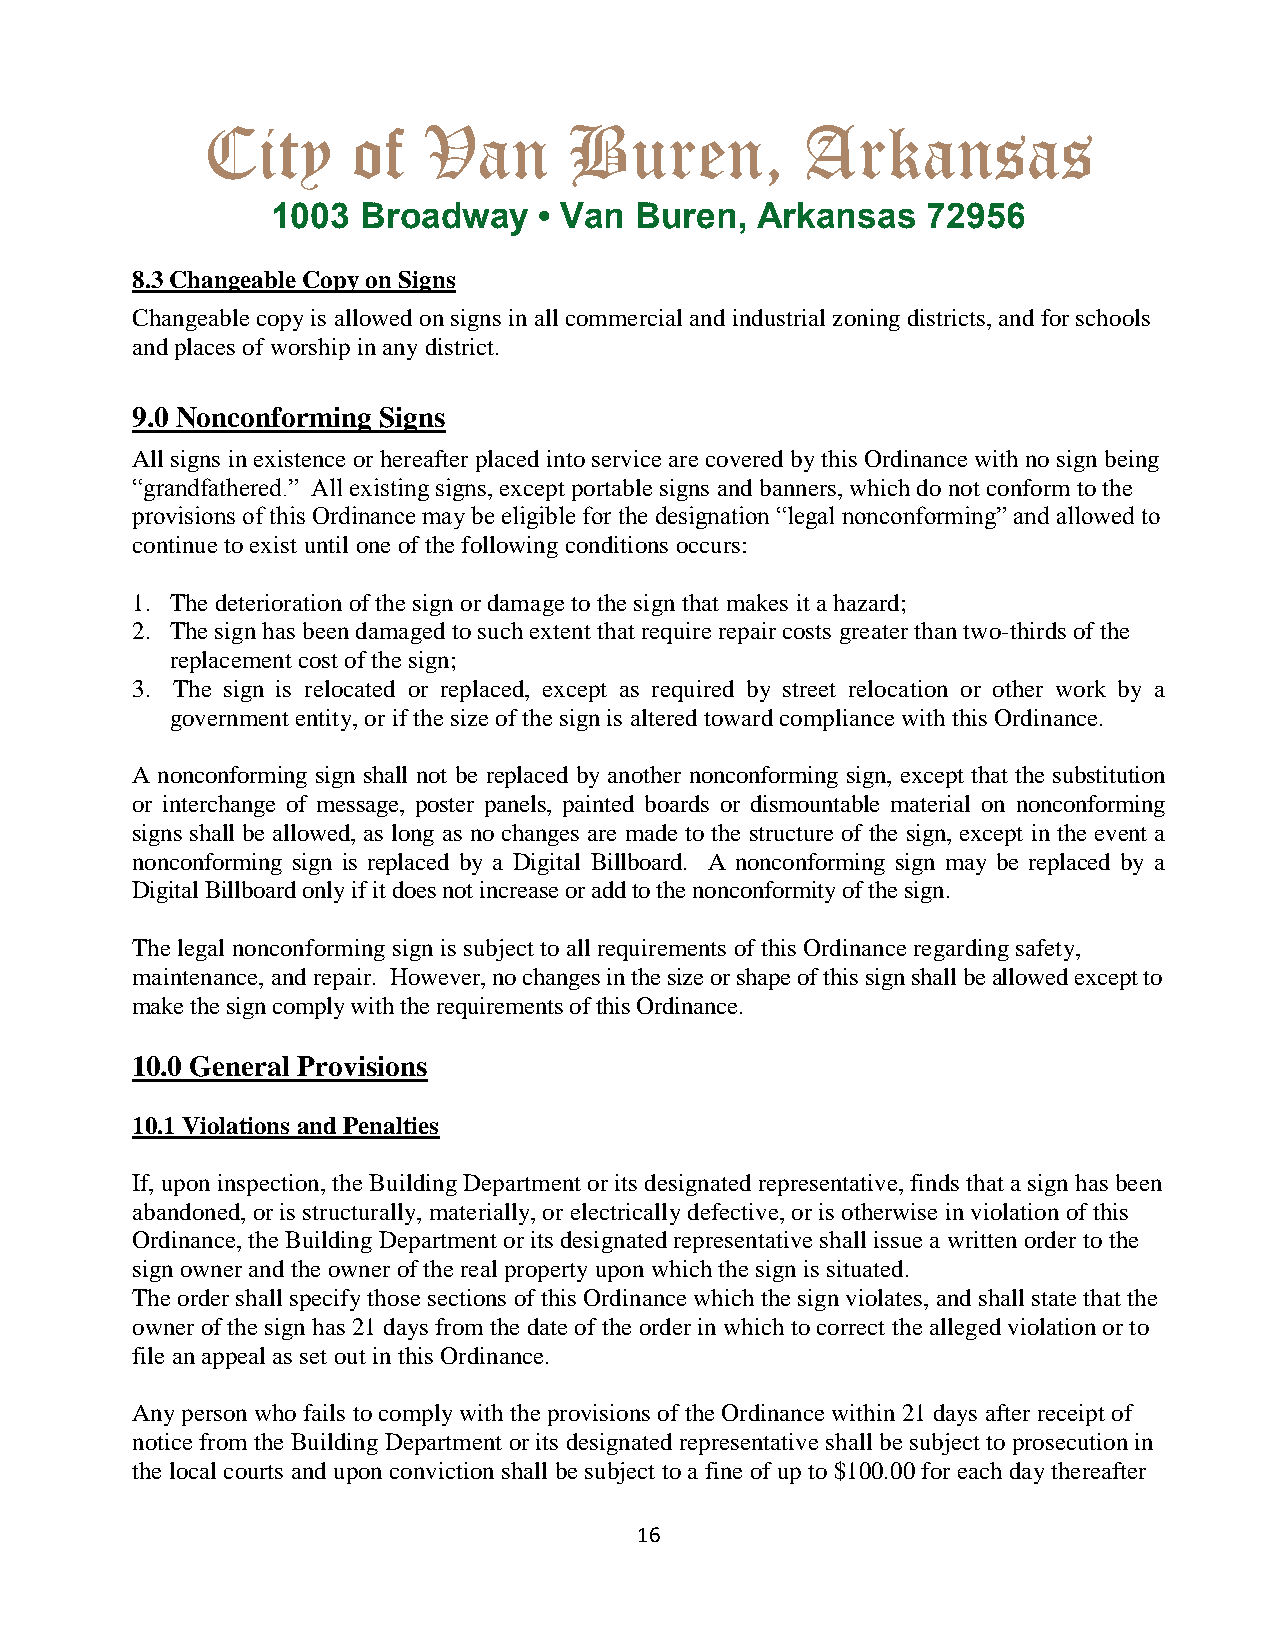
City      of   Van       Buren,         Arkansas
 1003  Broadway    • Van Buren,  Arkansas   72956
 8.3 Changeable Copy on Signs
 Changeable copy is allowed on signs in all commercial and industrial zoning districts, and for schools
 and places of worship in any district.
 9.0 Nonconforming Signs
 All signs in existence or hereafter placed into service are covered by this Ordinance with no sign being
 “grandfathered.” All existing signs, except portable signs and banners, which do not conform to the
 provisions of this Ordinance may be eligible for the designation “legal nonconforming” and allowed to
 continue to exist until one of the following conditions occurs:
 1. The deterioration of the sign or damage to the sign that makes it a hazard;
 2. The sign has been damaged to such extent that require repair costs greater than two-thirds of the
 replacement cost of the sign;
 3. The sign is relocated or replaced, except as required by street relocation or other work by a
 government entity, or if the size of the sign is altered toward compliance with this Ordinance.
 A nonconforming sign shall not be replaced by another nonconforming sign, except that the substitution
 or interchange of message, poster panels, painted boards or dismountable material on nonconforming
 signs shall be allowed, as long as no changes are made to the structure of the sign, except in the event a
 nonconforming sign is replaced by a Digital Billboard. A nonconforming sign may be replaced by a
 Digital Billboard only if it does not increase or add to the nonconformity of the sign.
 The legal nonconforming sign is subject to all requirements of this Ordinance regarding safety,
 maintenance, and repair. However, no changes in the size or shape of this sign shall be allowed except to
 make the sign comply with the requirements of this Ordinance.
 10.0 General Provisions
 10.1 Violations and Penalties
 If, upon inspection, the Building Department or its designated representative, finds that a sign has been
 abandoned, or is structurally, materially, or electrically defective, or is otherwise in violation of this
 Ordinance, the Building Department or its designated representative shall issue a written order to the
 sign owner and the owner of the real property upon which the sign is situated.
 The order shall specify those sections of this Ordinance which the sign violates, and shall state that the
 owner of the sign has 21 days from the date of the order in which to correct the alleged violation or to
 file an appeal as set out in this Ordinance.
 Any person who fails to comply with the provisions of the Ordinance within 21 days after receipt of
 notice from the Building Department or its designated representative shall be subject to prosecution in
 the local courts and upon conviction shall be subject to a fine of up to $100.00 for each day thereafter
 16